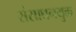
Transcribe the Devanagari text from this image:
संसाधनयुक्त